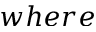
w h e r e